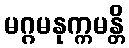
မဂ္ဂမနုက္ကမန္တိ